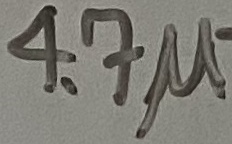
Text: 4.7µ